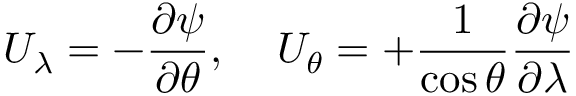
U _ { \lambda } = - \frac { \partial \psi } { \partial \theta } , \; \; \; \; U _ { \theta } = + \frac { 1 } { \cos \theta } \frac { \partial \psi } { \partial \lambda }